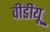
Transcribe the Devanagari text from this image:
वीडीयू